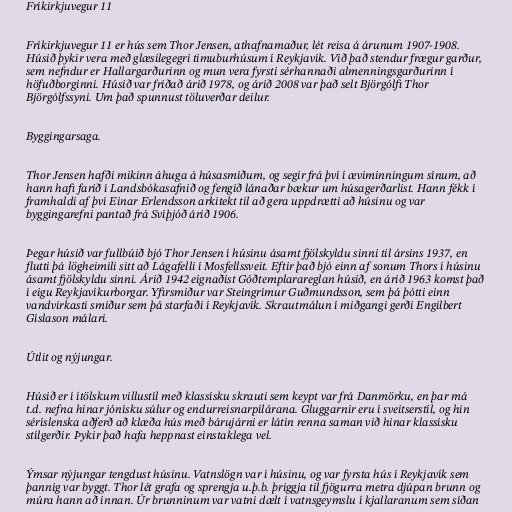
Fríkirkjuvegur 11

Fríkirkjuvegur 11 er hús sem Thor Jensen, athafnamaður, lét reisa á árunum 1907-1908.
Húsið þykir vera með glæsilegegri timuburhúsum í Reykjavík. Við það stendur frægur garður,
sem nefndur er Hallargarðurinn og mun vera fyrsti sérhannaði almenningsgarðurinn í
höfuðborginni. Húsið var friðað árið 1978, og árið 2008 var það selt Björgólfi Thor
Björgólfssyni. Um það spunnust töluverðar deilur.

Byggingarsaga.

Thor Jensen hafði mikinn áhuga á húsasmíðum, og segir frá því í æviminningum sínum, að
hann hafi farið í Landsbókasafnið og fengið lánaðar bækur um húsagerðarlist. Hann fékk í
framhaldi af því Einar Erlendsson arkitekt til að gera uppdrætti að húsinu og var
byggingarefni pantað frá Svíþjóð árið 1906.

Þegar húsið var fullbúið bjó Thor Jensen í húsinu ásamt fjölskyldu sinni til ársins 1937, en
flutti þá lögheimili sitt að Lágafelli í Mosfellssveit. Eftir það bjó einn af sonum Thors í húsinu
ásamt fjölskyldu sinni. Árið 1942 eignaðist Góðtemplarareglan húsið, en árið 1963 komst það
í eigu Reykjavíkurborgar. Yfirsmiður var Steingrímur Guðmundsson, sem þá þótti einn
vandvirkasti smiður sem þá starfaði í Reykjavík. Skrautmálun í miðgangi gerði Engilbert
Gíslason málari.

Útlit og nýjungar.

Húsið er í ítölskum villustíl með klassísku skrauti sem keypt var frá Danmörku, en þar má
t.d. nefna hinar jónísku súlur og endurreisnarpílárana. Gluggarnir eru í sveitserstíl, og hin
séríslenska aðferð að klæða hús með bárujárni er látin renna saman við hinar klassísku
stílgerðir. Þykir það hafa heppnast einstaklega vel.

Ýmsar nýjungar tengdust húsinu. Vatnslögn var í húsinu, og var fyrsta hús í Reykjavík sem
þannig var byggt. Thor lét grafa og sprengja u.þ.b. þriggja til fjögurra metra djúpan brunn og
múra hann að innan. Úr brunninum var vatni dælt í vatnsgeymslu í kjallaranum sem síðan